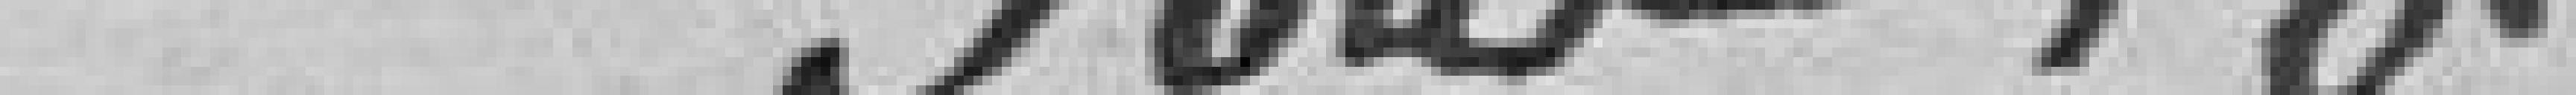
sous 18